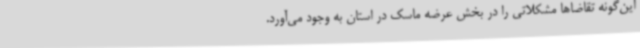
این‌گونه تقاضاها مشکلاتی را در بخش عرضه ماسک در استان به وجود می‌آورد.